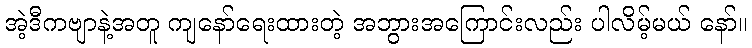
အဲ့ဒီကဗျာနဲ့အတူ ကျနော်ရေးထားတဲ့ အဘွားအကြောင်းလည်း ပါလိမ့်မယ် နော်။